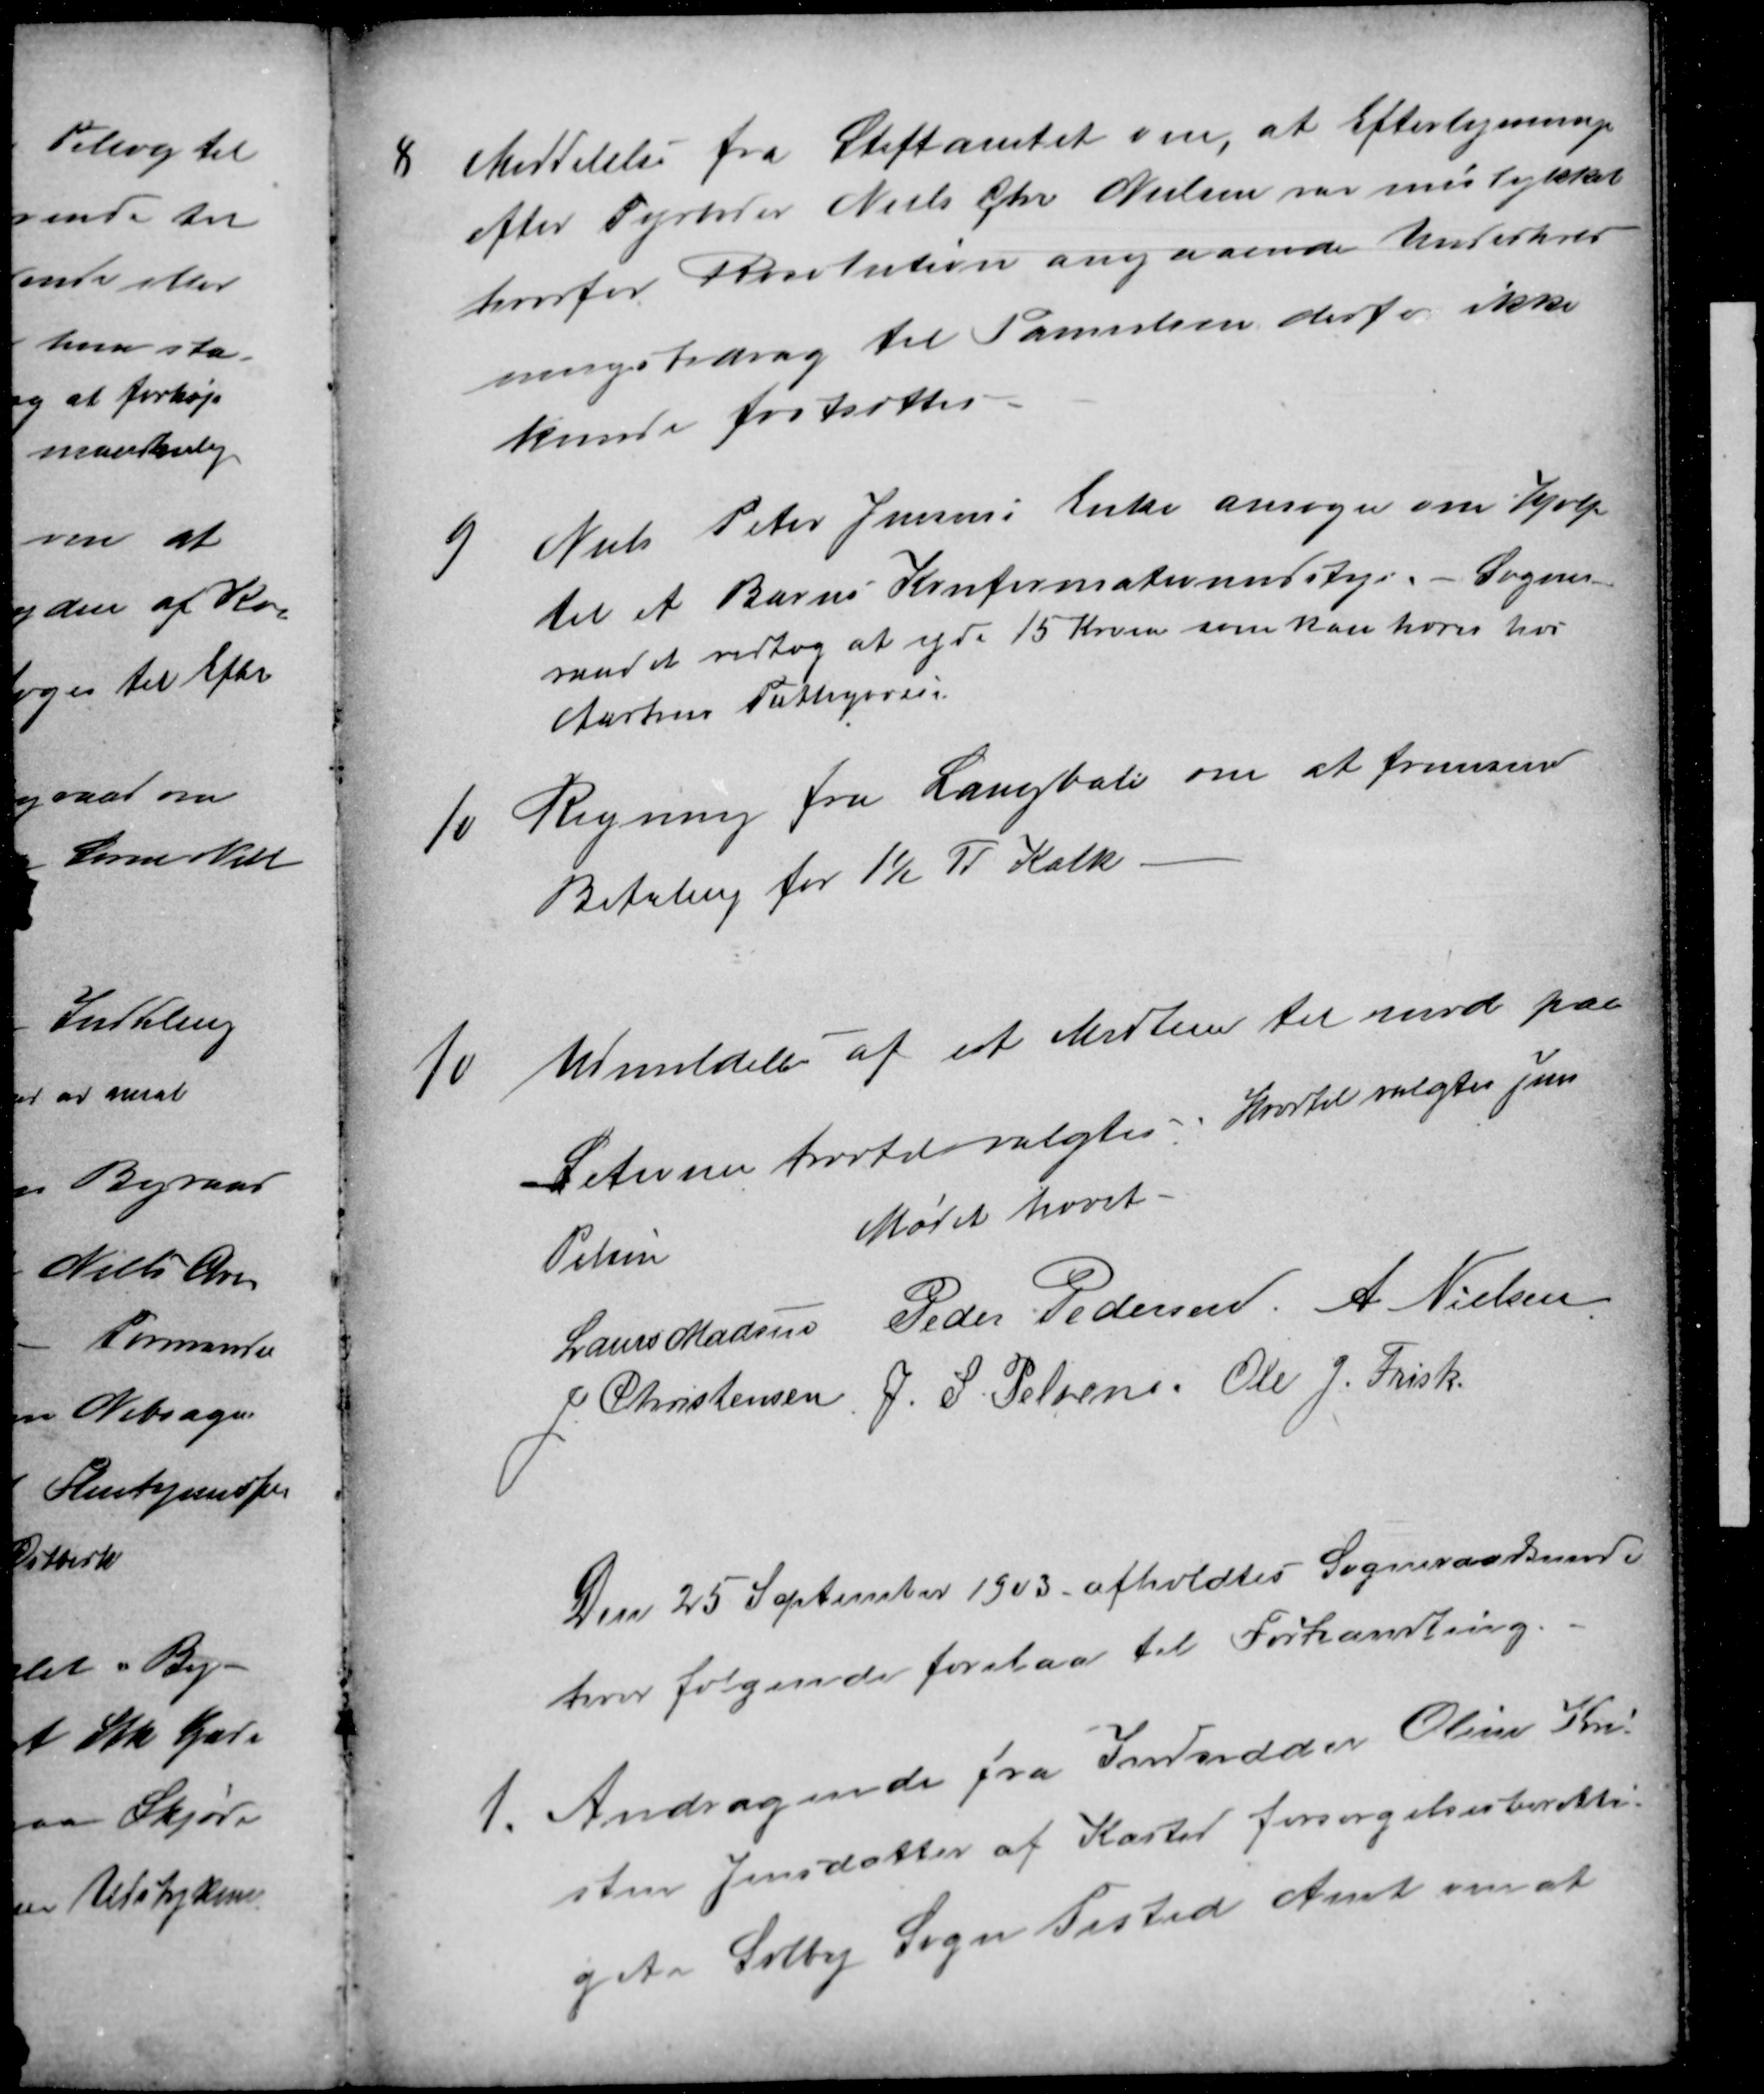
Transskription:
8
Meddelelse fra Stiftamtet om, at Efterlysning
efter Fyrbøder Niels Chr Nielsen var mislykket
hvorfor Resolution angaaende Underhold
ningsbidrag til Familien derfor ikke
kunde fastsættes
9
Niels Peter Jensens Enke ansøger om Hjælp
til et Barns Konfirmationensudstyr. Sogne-
raadet vedtog at yde 15 Kroner som kan hæves hos
Aarhus Fattigvæsen
10
Regning fra Langballe om at fremsend
Betaling for 1½ Fv Kalk.
11
Udmeldelse af et Medlem til møde paa
Setionen hvortil valgtes: Hvortil valgtes Jens
Pelsen
Mødet hævet
Laurs Madsen
Laurs Madsen Peder Pedersen A. Nielsen
J. Christensen, J. S. Pelsen. Ole J. Frisk.
Ole J. Frisk.
Den 25 September 1903 afholdtes Sogneraadsmøde
hvor følgende forelaa til Forhandling.
1.
Andragende fra Indsidder Oline Kir
sten Jensdatter af Kasted forsørgelsesberetti-
get i Solby Sogn Tisted Amt om at